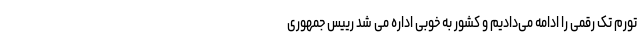
تورم تک رقمی را ادامه می‌دادیم و کشور به خوبی اداره می شد رییس جمهوری